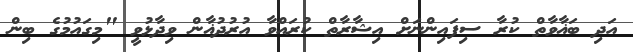
އަދި ބަޣާވާތް ކުރާ ސިފައިންނަށް އިޝާރާތް ކުރައްވާ އުރުދުޣާން ވިދާޅުވީ "މިގައުމުގެ ބިން